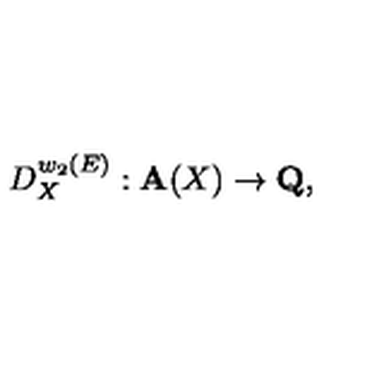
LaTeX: D _ { X } ^ { w _ { 2 } ( E ) } : { \bf A } ( X ) \rightarrow { \bf Q } ,